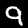
Digit: 9